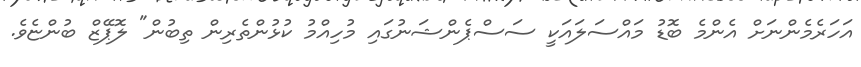
އަހަރެމެންނަށް އެންމެ ބޮޑު މައްސަލައަކީ ސަސްޕެންޝަނުގައި މުހިއްމު ކުޅުންތެރިން ތިބުން" ލޮޕޭޒް ބުންޏެވެ.